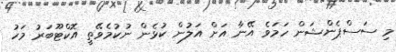
މި ސަސްޕެންޝަން ހަމަވެ އޭނާ އަށް އަލުން ކުޅެން ނުކުމެވޭތީ އޮކްޓޫބަރު މަހު